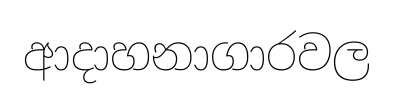
ආදාහනාගාරවල